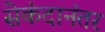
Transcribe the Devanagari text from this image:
सेकंदानंतर